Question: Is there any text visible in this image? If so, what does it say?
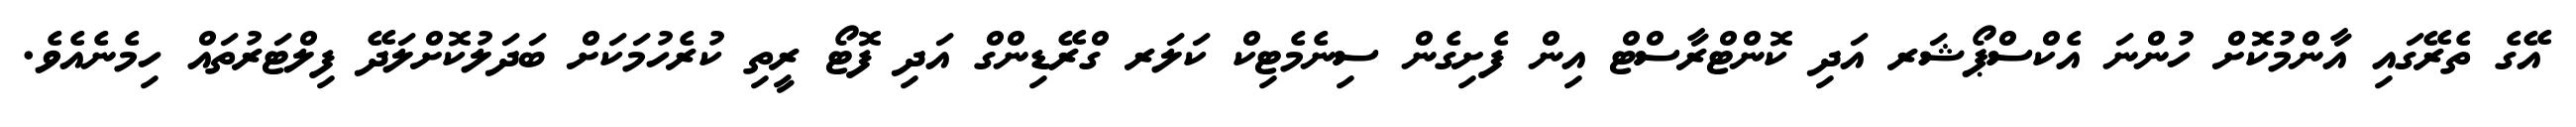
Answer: އޭގެ ތެރޭގައި އާންމުކޮށް ހުންނަ އެކްސްޕޯޝަރ އަދި ކޮންޓްރާސްޓް އިން ފެށިގެން ސިނެމެޓިކް ކަލަރ ގްރޭޑިންގް އަދި ފޮޓޯ ރީތި ކުރެހުމަކަށް ބަދަލުކޮށްލަދޭ ފިލްޓަރުތައް ހިމެނެއެވެ.